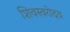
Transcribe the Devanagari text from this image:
शिवस्वरोदय